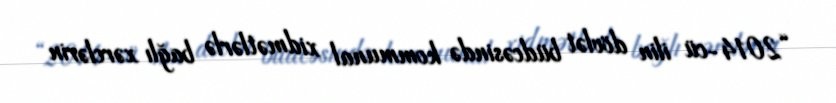
“2014-cü ilin dövlət büdcəsində kommunal xidmətlərlə bağlı xərclərin